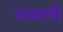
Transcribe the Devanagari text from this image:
मामाणी